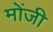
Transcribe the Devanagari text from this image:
मोंजी